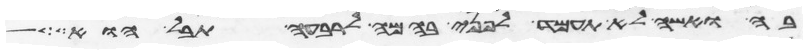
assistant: בה ואשה לא תעמד לפני בהמה לרבעה תבל הוא